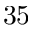
^ Ḋ 3 5 Ḍ